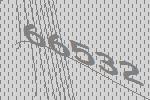
66532